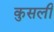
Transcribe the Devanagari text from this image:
कुसली